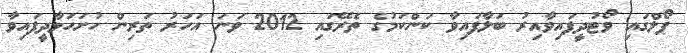
ޕޯލްގައި ވޯޓުދީފައިވާއިރު ބަލާފައިވާ ކަންކަމުގެ ތެރޭގައި 2012 ވަނަ އަހަރު ތަރިން ހުށަހަޅާދީފައިވާ